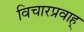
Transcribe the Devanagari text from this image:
विचारप्रवाह्